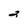
Character: 2